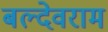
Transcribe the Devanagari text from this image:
बल्देवराम